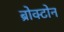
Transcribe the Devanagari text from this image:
ब्रोक्टोन